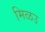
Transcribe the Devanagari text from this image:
मिळउ